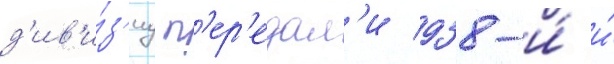
д'ив'и́з'иу п'ер'едал'и 938-и́ и́